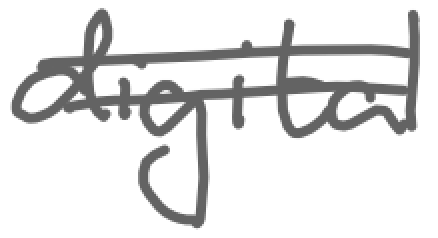
Text: digital
Cross-out: wave
Writing tool: digital_gray